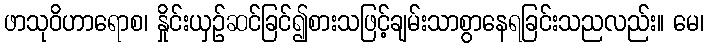
ဖာသုဝိဟာရောစ၊ နှိုင်းယှဉ်ဆင်ခြင်၍စားသဖြင့်ချမ်းသာစွာနေရခြင်းသညလည်း။ မေ၊